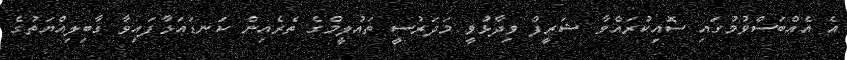
އެ އެއްބަސްވުމުގައި ސޮއިކުރައްވާ ޝަރީފް ވިދާޅުވީ މަދަރުސީ ތައުލީމްގެ ތެރެއިން ކަނޑައަޅާފައިވާ ގާބިލިއްޔަތުގެ